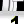
Digit: 1